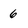
Character: 6